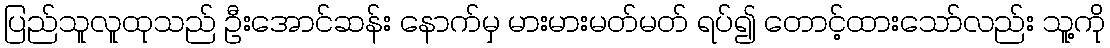
ပြည်သူလူထုသည် ဦးအောင်ဆန်း နောက်မှ မားမားမတ်မတ် ရပ်၍ တောင့်ထားသော်လည်း သူ့ကို